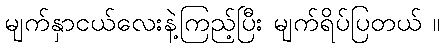
မျက်နှာငယ်လေးနဲ့ကြည့်ပြီး မျက်ရိပ်ပြတယ် ။